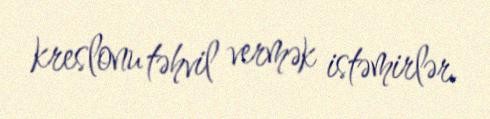
kreslonu təhvil vermək istəmirlər.